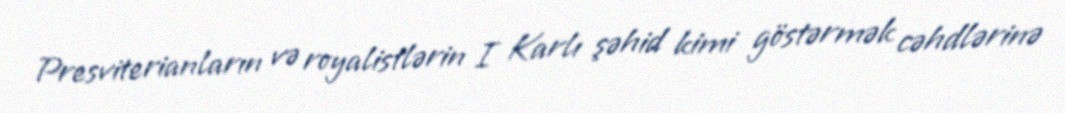
Presviterianların və royalistlərin I Karlı şəhid kimi göstərmək cəhdlərinə